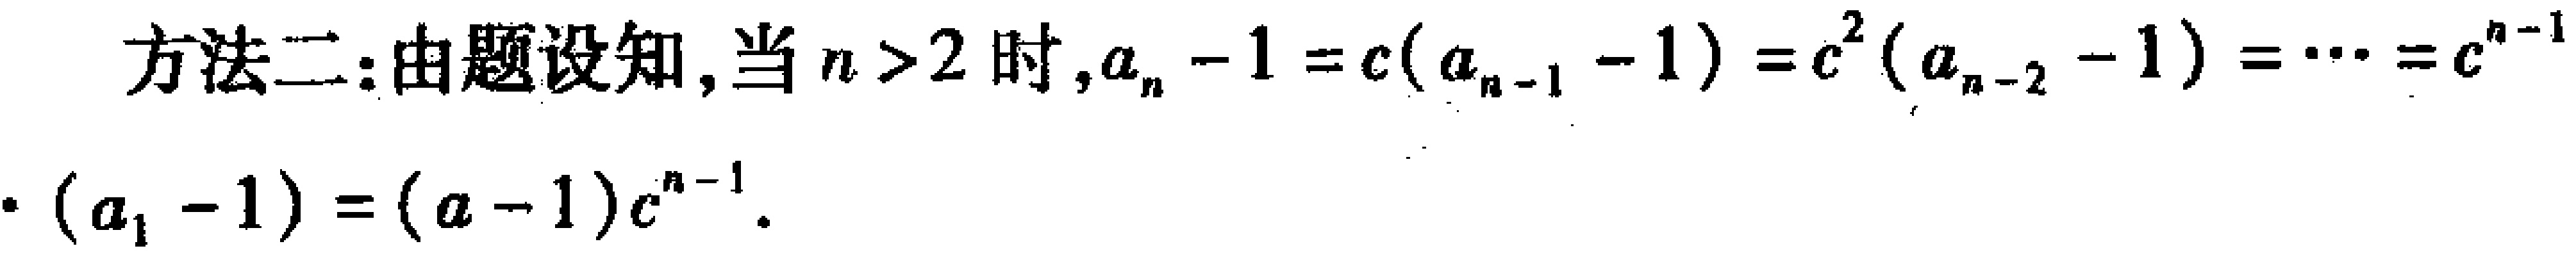
方法二:由题设知,当 \(n > 2\) 时,\(a_{n}-1 = c(a_{n - 1}-1)=c^{2}(a_{n - 2}-1)=\cdots =c^{n - 1}\cdot(a_{1}-1)=(a - 1)c^{n - 1}\).